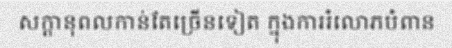
សក្តានុពលកាន់តែច្រើនទៀត ក្នុងការរំលោភបំពាន